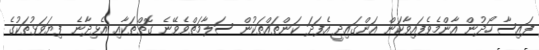
ފައިސާ ހޯދުން އާންމެވެފައިވާކަން އަންގައިދީ އެފަދަ ކަންތައްތަކުން ސަލާމަތްވެވޭނެ ގޮތްތަކާއި އެޅިދާނެ ފިޔަވަޅުތަކުގެ